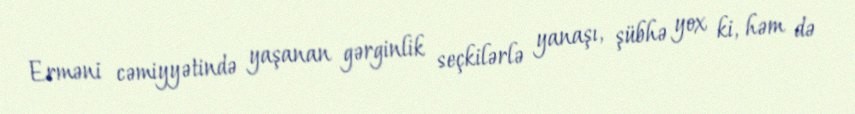
Erməni cəmiyyətində yaşanan gərginlik seçkilərlə yanaşı, şübhə yox ki, həm də